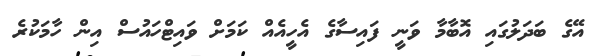
އޭގެ ބަދަލުގައި އޮބާމާ ވަނީ ފައިސާގެ އެހީއެއް ކަމަށް ވައިޓްހައުސް އިން ހާމަކުރެ